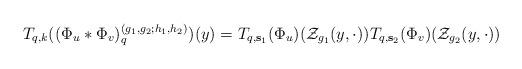
LaTeX: \begin{align*}T_{q, k}((\Phi_u*\Phi_v)_{q}^{(g_1,g_2;h_1,h_2)})(y)=T_{q,\mathbf{s}_1}(\Phi_u)(\mathcal Z_{g_1}(y,\cdot)) T_{q,\mathbf{s}_2}(\Phi_v)(\mathcal Z_{g_2}(y,\cdot)) \end{align*}